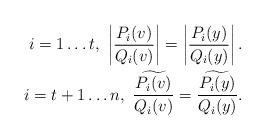
LaTeX: \begin{align*} \ i=1 \ldots t, \ \left| \frac{P_i(v)}{Q_i(v)} \right| = \left| \frac{P_i(y)}{Q_i(y)} \right|. \\ \ i=t+1\ldots n, \ \widetilde{ \frac{P_i(v)}{Q_i(v)} } =\widetilde{ \frac{P_i(y)}{Q_i(y)} }.\end{align*}